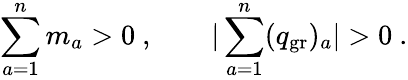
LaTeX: \sum_{a=1}^{n}m_{a}>0\ ,\qquad|\sum_{a=1}^{n}(q_{\mathrm{gr}})_{a}|>0\ .